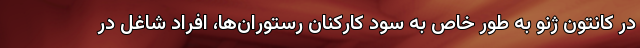
در کانتون ژنو به طور خاص به سود کارکنان رستوران‌ها، افراد شاغل در